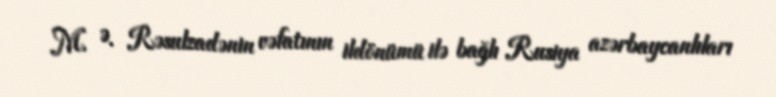
M. Ə. Rəsulzadənin vəfatının ildönümü ilə bağlı Rusiya azərbaycanlıları